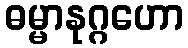
ဓမ္မာနုဂ္ဂဟော